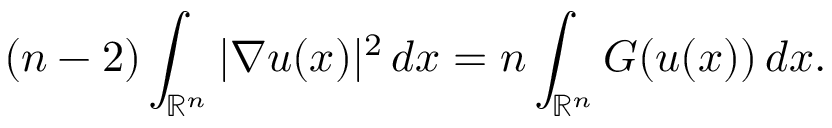
( n - 2 ) \int _ { \mathbb { R } ^ { n } } | \nabla u ( x ) | ^ { 2 } \, d x = n \int _ { \mathbb { R } ^ { n } } G ( u ( x ) ) \, d x .